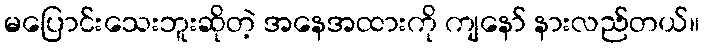
မပြောင်းသေးဘူးဆိုတဲ့ အနေအထားကို ကျနော် နားလည်တယ်။